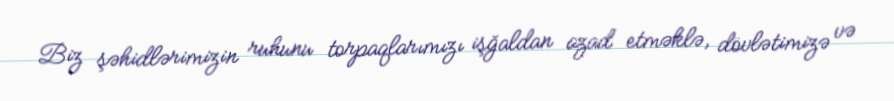
Biz şəhidlərimizin ruhunu torpaqlarımızı işğaldan azad etməklə, dövlətimizə və